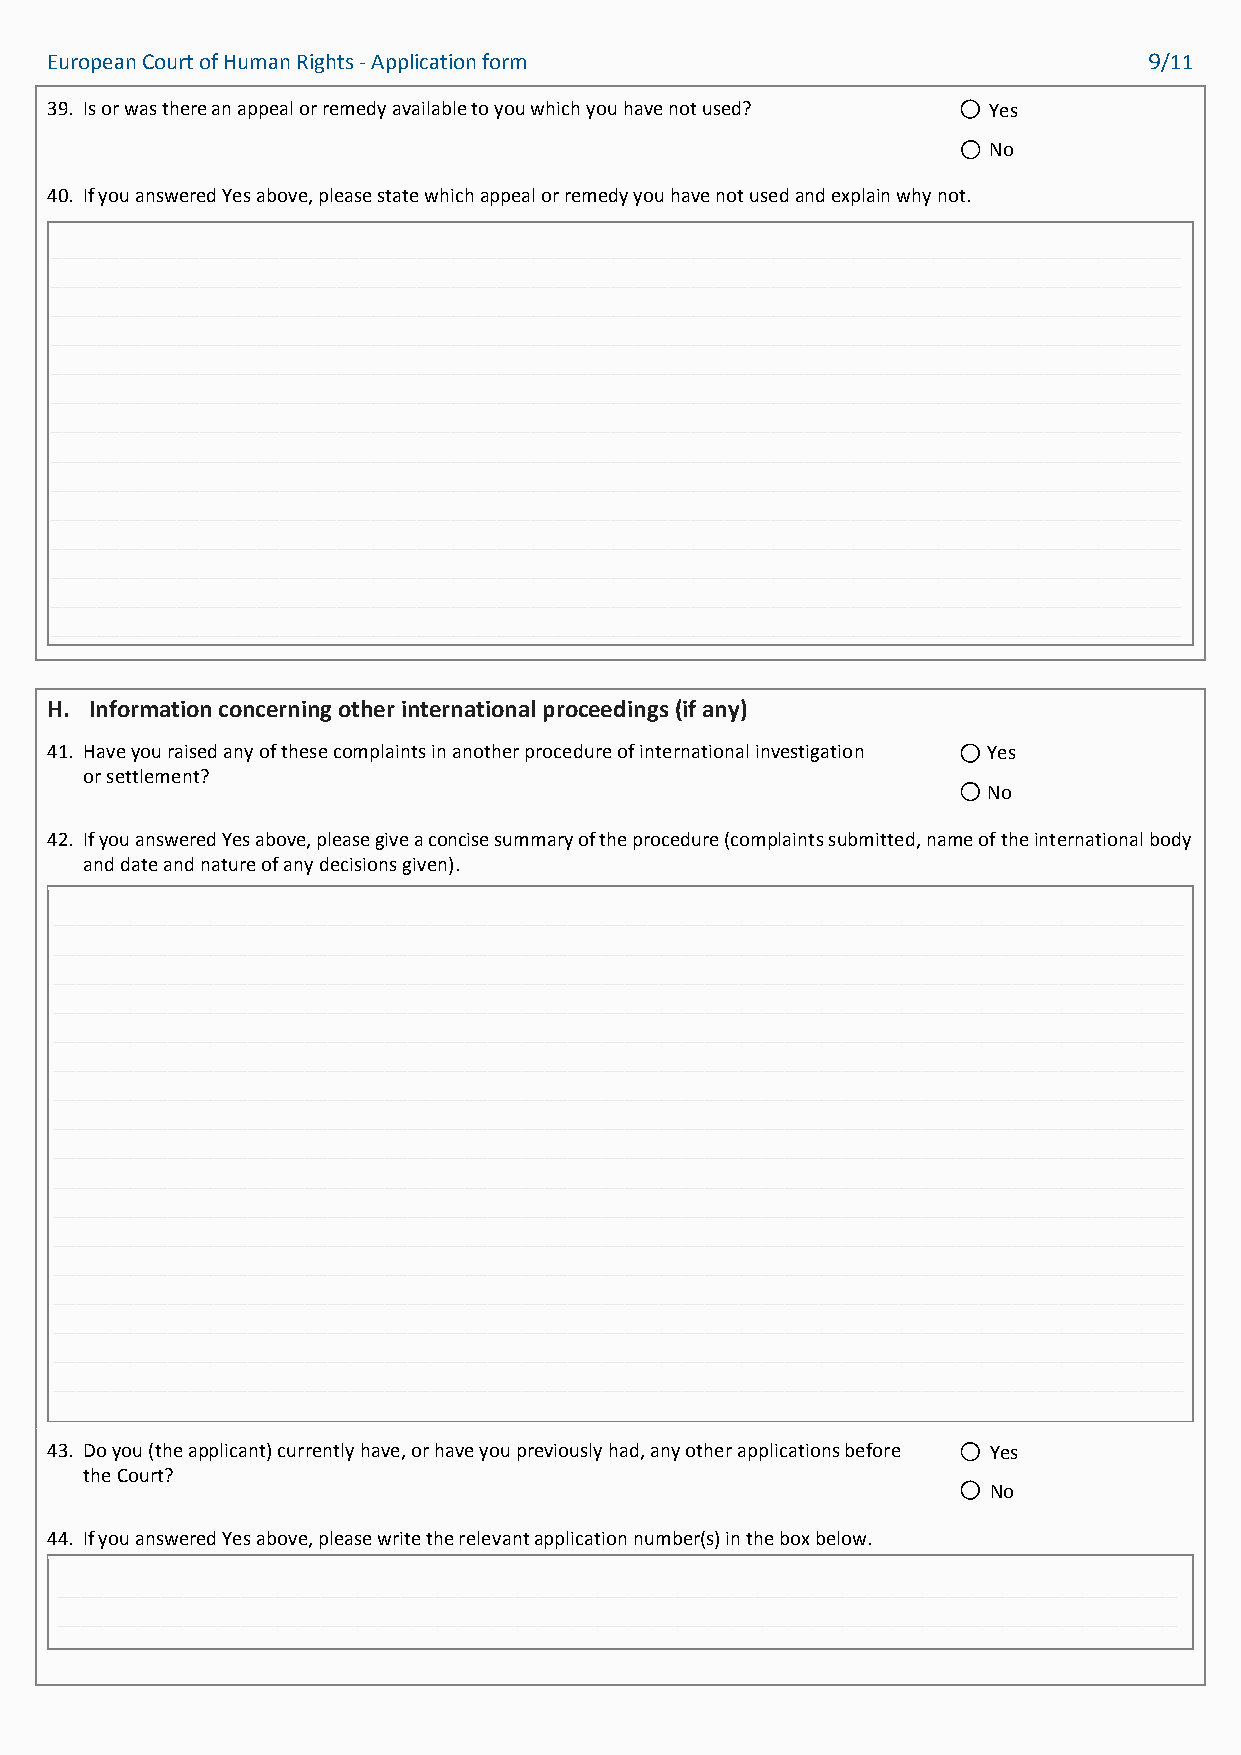
European Court of Human Rights - Application form                        9/11
 39. Is or was there an appeal or remedy available to you which you have not used? Yes
 No
 40. If you answered Yes above, please state which appeal or remedy you have not used and explain why not.
 ___________________________________________________________________________________________________
 ___________________________________________________________________________________________________
 ___________________________________________________________________________________________________
 ___________________________________________________________________________________________________
 ___________________________________________________________________________________________________
 ___________________________________________________________________________________________________
 ___________________________________________________________________________________________________
 ___________________________________________________________________________________________________
 ___________________________________________________________________________________________________
 ___________________________________________________________________________________________________
 ___________________________________________________________________________________________________
 ___________________________________________________________________________________________________
 ___________________________________________________________________________________________________
 ___________________________________________________________________________________________________
 H. Information concerning other international proceedings (if any)
 41. Have you raised any of these complaints in another procedure of international investigation Yes
 or settlement?
 No
 42. If you answered Yes above, please give a concise summary of the procedure (complaints submitted, name of the international body
 and date and nature of any decisions given).
 ___________________________________________________________________________________________________
 ___________________________________________________________________________________________________
 ___________________________________________________________________________________________________
 ___________________________________________________________________________________________________
 ___________________________________________________________________________________________________
 ___________________________________________________________________________________________________
 ___________________________________________________________________________________________________
 ___________________________________________________________________________________________________
 ___________________________________________________________________________________________________
 ___________________________________________________________________________________________________
 ___________________________________________________________________________________________________
 ___________________________________________________________________________________________________
 ___________________________________________________________________________________________________
 ___________________________________________________________________________________________________
 ___________________________________________________________________________________________________
 ___________________________________________________________________________________________________
 ___________________________________________________________________________________________________
 43. Do you (the applicant) currently have, or have you previously had, any other applications before Yes
 the Court?
 No
 44. If you answered Yes above, please write the relevant application number(s) in the box below.
 __________________________________________________________________________________________________
 __________________________________________________________________________________________________